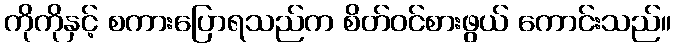
ကိုကိုနှင့် စကားပြောရသည်က စိတ်ဝင်စားဖွယ် ကောင်းသည်။